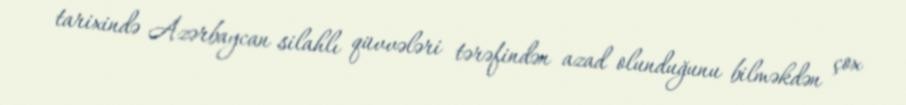
tarixində Azərbaycan silahlı qüvvələri tərəfindən azad olunduğunu bilməkdən çox